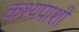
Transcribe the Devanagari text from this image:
कश्यपाशी